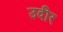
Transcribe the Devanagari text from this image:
उदीर